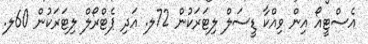
އެސްޓީއޯ އިން ވިއްކާ ޑީސަލް ލިޓަރަކުން 72ލ. އަދިި ޕެޓްރޯލް ލިޓަރަކުން 60ލ.